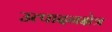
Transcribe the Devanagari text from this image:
उत्पादनक्षेत्र